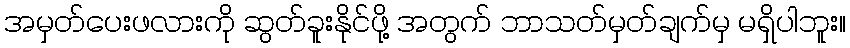
အမှတ်ပေးဖလားကို ဆွတ်ခူးနိုင်ဖို့ အတွက် ဘာသတ်မှတ်ချက်မှ မရှိပါဘူး။